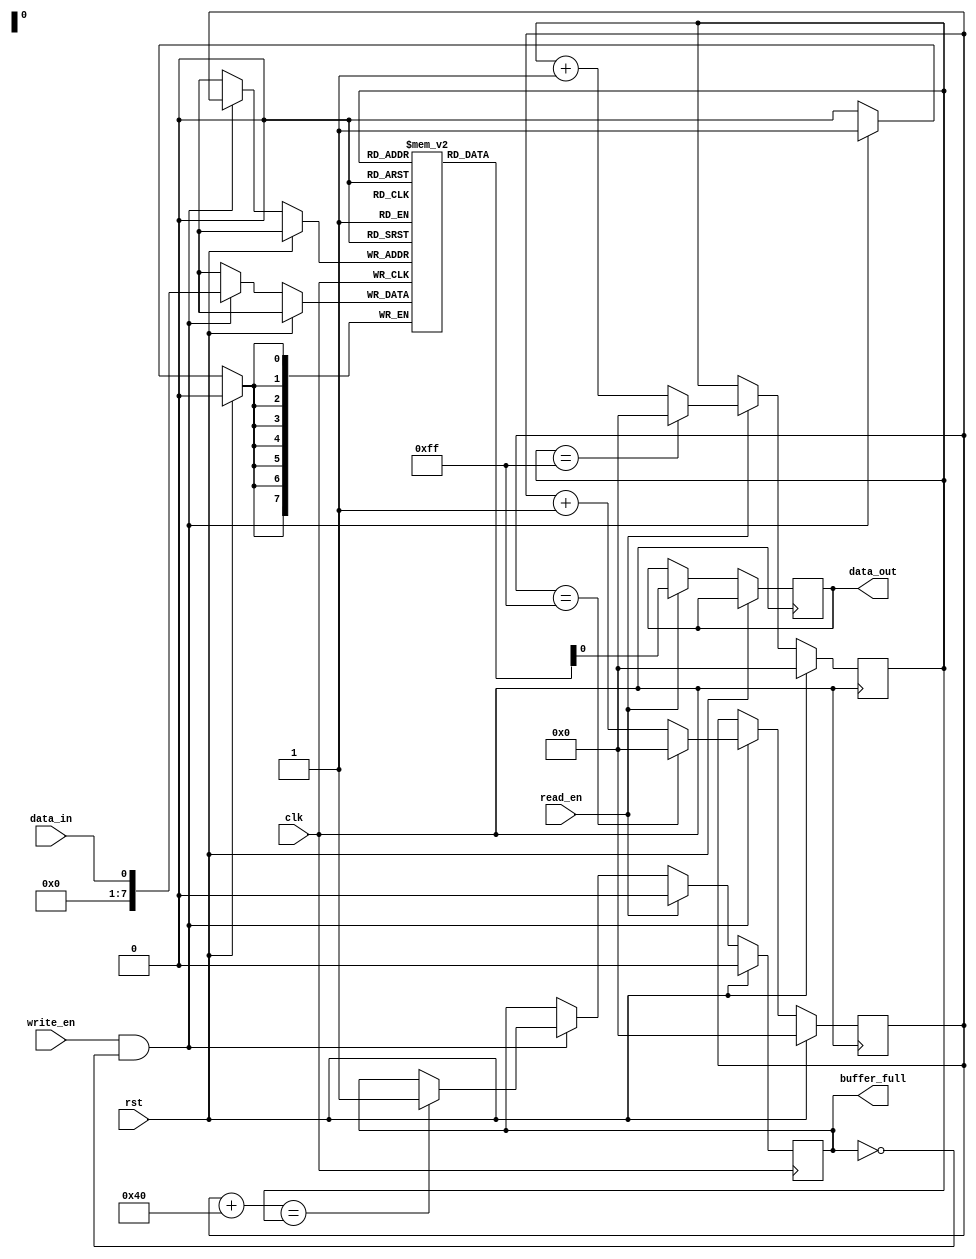
module almost_full_fifo (
    input wire clk,
    input wire rst,
    input wire write_en,
    input wire read_en,
    input wire data_in,
    output wire data_out,
    output wire buffer_full
);

reg [7:0] buffer [0:255];
reg [7:0] read_ptr, write_ptr;
reg buffer_full_reg;

always @(posedge clk) begin
    if (rst) begin
        read_ptr <= 8'd0;
        write_ptr <= 8'd0;
        buffer_full_reg <= 1'b0;
    end else begin
        if (write_en && !buffer_full_reg) begin
            buffer[write_ptr] <= data_in;
            write_ptr <= write_ptr + 8'd1;
            if (write_ptr == 8'd255) begin
                write_ptr <= 8'd0;
            end
            if ((write_ptr + 8'd64) == read_ptr) begin
                buffer_full_reg <= 1'b1;
            end
        end
        if (read_en) begin
            data_out <= buffer[read_ptr];
            read_ptr <= read_ptr + 8'd1;
            if (read_ptr == 8'd255) begin
                read_ptr <= 8'd0;
            end
            buffer_full_reg <= 1'b0;
        end
    end
end

assign buffer_full = buffer_full_reg;

endmodule